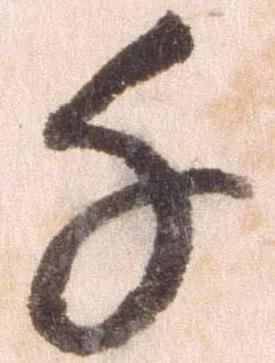
千